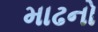
માઢનો